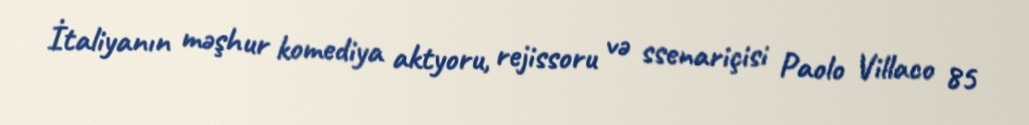
İtaliyanın məşhur komediya aktyoru, rejissoru və ssenariçisi Paolo Villaco 85